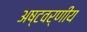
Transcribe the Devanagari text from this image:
अष्टवर्णीय